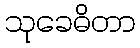
သုခေဓိတာ